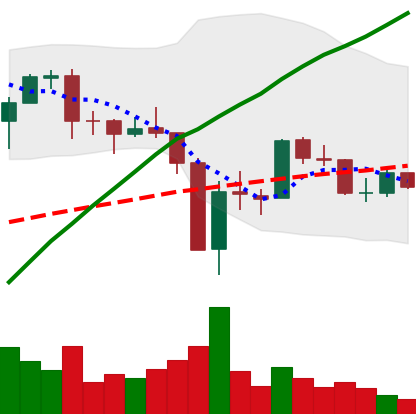
Ticker: BTC-USD
Chart end date: 2017-09-24
Forward return: 13.04%
Label: up_7plus